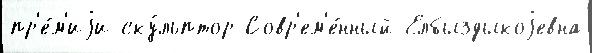
пр'е́м'иjи ску́льптор Совр'ем'е́нный Елбыздыкоjевна